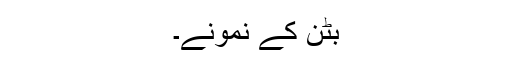
بٹن کے نمونے۔